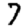
Digit: 7